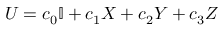
U = c _ { 0 } \mathbb { I } + c _ { 1 } X + c _ { 2 } Y + c _ { 3 } Z